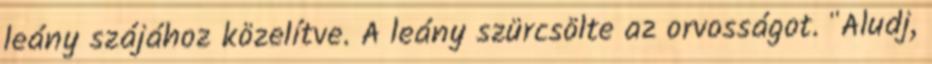
leány szájához közelítve. A leány szürcsölte az orvosságot. "Aludj,